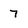
Character: 7